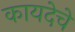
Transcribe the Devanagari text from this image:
कायदेचे